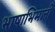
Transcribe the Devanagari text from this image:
भाषाभिमानी